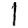
Digit: 1